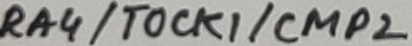
Text: RA4/TOCK1/CMP2